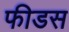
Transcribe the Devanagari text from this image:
फीडस